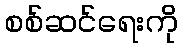
စစ်ဆင်ရေးကို